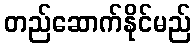
တည်ဆောက်နိုင်မည်